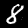
Digit: 8